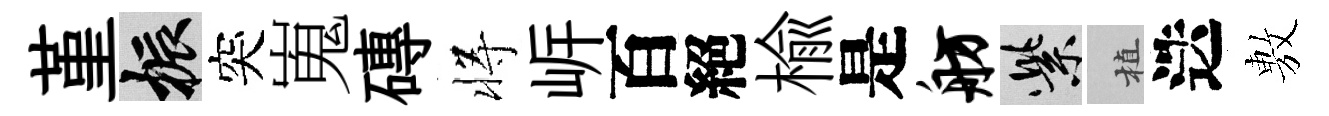
堇振突嵬磚将㟁百絕楡是舫紫植迭𢾾